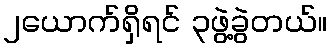
၂ယောက်ရှိရင် ၃ဖွဲ့ခွဲတယ်။